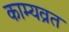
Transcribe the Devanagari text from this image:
काम्यव्रत